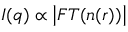
I ( \boldsymbol { q } ) \propto \left| F T ( n ( \boldsymbol { r } ) ) \right|